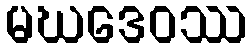
မဃဒေဝဿ